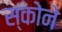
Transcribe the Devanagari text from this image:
स्कोने